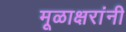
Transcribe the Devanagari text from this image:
मूळाक्षरांनी